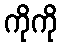
ကိုကို